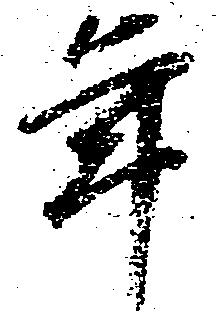
年